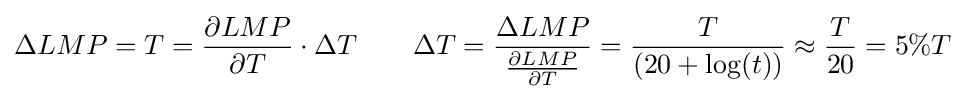
\Delta LMP=T={\frac {\partial LMP}{\partial T}}\cdot \Delta T\qquad \Delta T={\frac {\Delta LMP}{\frac {\partial LMP}{\partial T}}}={\frac {T}{(20+\log(t))}}\approx {\frac {T}{20}}=5\%T